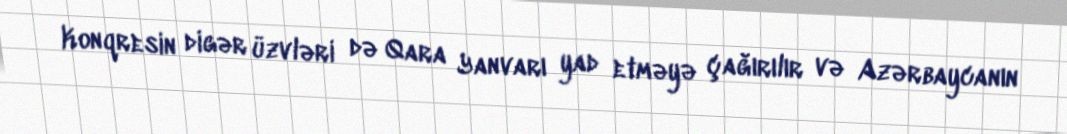
Konqresin digər üzvləri də Qara Yanvarı yad etməyə çağırılır və Azərbaycanın